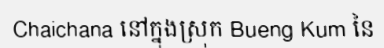
Chaichana នៅក្នុងស្រុក Bueng Kum នៃ